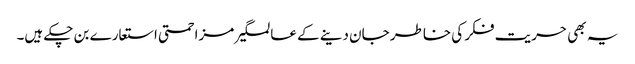
یہ بھی حریت فکر کی خاطر جان دینے کے عالمگیر مزاحمتی استعارے بن چکے ہیں۔